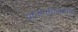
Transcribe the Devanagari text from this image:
प्रतिनिधित्ववाले